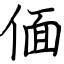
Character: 偭